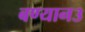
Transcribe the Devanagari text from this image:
बण्यान३